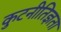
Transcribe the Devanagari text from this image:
कुटनीतिज्ञता